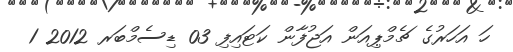
ހަ އަހަރުގެ ޗެމްޕިއަން އަޖުފާން ކަޓައިފި 03 ޑިސެމްބަރ 2012 1